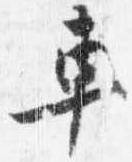
車